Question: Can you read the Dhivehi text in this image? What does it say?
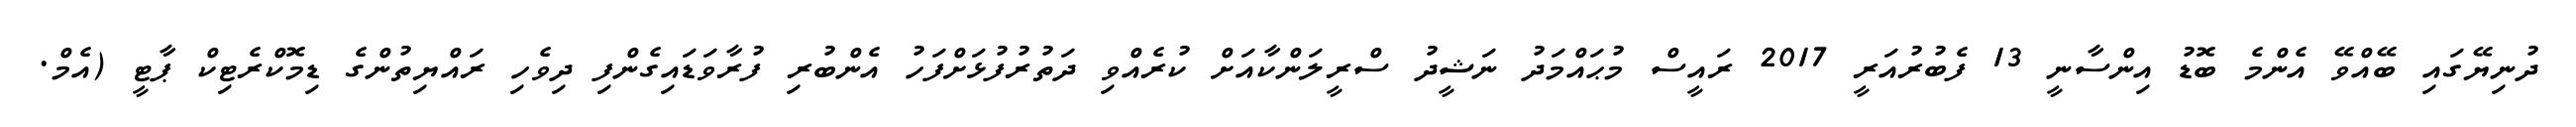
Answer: ދުނިޔޭގައި ބޭއްވޭ އެންމެ ބޮޑު އިންސާނީ 13 ފެބުރުއަރީ 2017 ރައީސް މުޙައްމަދު ނަޝީދު ސްރީލަންކާއަށް ކުރެއްވި ދަތުރުފުޅަށްފަހު އެންބުރި ފުރާވަޑައިގެންފި ދިވެހި ރައްޔިތުންގެ ޑިމޮކްރެޓިކް ޕާޓީ (އެމް.